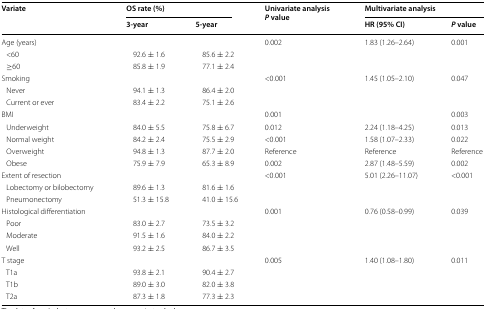
<table><thead><tr><td rowspan="2"><b>Variate</b></td><td colspan="2"><b>OS rate (%)</b></td><td rowspan="2"><b>Univariate analysis<i>P</i> value</b></td><td colspan="2"><b>Multivariate analysis</b></td></tr><tr><td><b>3-year</b></td><td><b>5-year</b></td><td><b>HR (95% CI)</b></td><td><b><i>P</i> value</b></td></tr></thead><tbody><tr><td>Age (years)</td><td></td><td></td><td>0.002</td><td>1.83 (1.26–2.64)</td><td>0.001</td></tr><tr><td> &lt;60</td><td>92.6 ± 1.6</td><td>85.6 ± 2.2</td><td></td><td></td><td></td></tr><tr><td> ≥60</td><td>85.8 ± 1.9</td><td>77.1 ± 2.4</td><td></td><td></td><td></td></tr><tr><td>Smoking</td><td></td><td></td><td>&lt;0.001</td><td>1.45 (1.05–2.10)</td><td>0.047</td></tr><tr><td> Never</td><td>94.1 ± 1.3</td><td>86.4 ± 2.0</td><td></td><td></td><td></td></tr><tr><td> Current or ever</td><td>83.4 ± 2.2</td><td>75.1 ± 2.6</td><td></td><td></td><td></td></tr><tr><td>BMI</td><td></td><td></td><td>0.001</td><td></td><td>0.003</td></tr><tr><td> Underweight</td><td>84.0 ± 5.5</td><td>75.8 ± 6.7</td><td>0.012</td><td>2.24 (1.18–4.25)</td><td>0.013</td></tr><tr><td> Normal weight</td><td>84.2 ± 2.4</td><td>75.5 ± 2.9</td><td>&lt;0.001</td><td>1.58 (1.07–2.33)</td><td>0.022</td></tr><tr><td> Overweight</td><td>94.8 ± 1.3</td><td>87.7 ± 2.0</td><td>Reference</td><td>Reference</td><td>Reference</td></tr><tr><td> Obese</td><td>75.9 ± 7.9</td><td>65.3 ± 8.9</td><td>0.002</td><td>2.87 (1.48–5.59)</td><td>0.002</td></tr><tr><td>Extent of resection</td><td></td><td></td><td>&lt;0.001</td><td>5.01 (2.26–11.07)</td><td>&lt;0.001</td></tr><tr><td> Lobectomy or bilobectomy</td><td>89.6 ± 1.3</td><td>81.6 ± 1.6</td><td></td><td></td><td></td></tr><tr><td> Pneumonectomy</td><td>51.3 ± 15.8</td><td>41.0 ± 15.6</td><td></td><td></td><td></td></tr><tr><td>Histological differentiation</td><td></td><td></td><td>0.001</td><td>0.76 (0.58–0.99)</td><td>0.039</td></tr><tr><td> Poor</td><td>83.0 ± 2.7</td><td>73.5 ± 3.2</td><td></td><td></td><td></td></tr><tr><td> Moderate</td><td>91.5 ± 1.6</td><td>84.0 ± 2.2</td><td></td><td></td><td></td></tr><tr><td> Well</td><td>93.2 ± 2.5</td><td>86.7 ± 3.5</td><td></td><td></td><td></td></tr><tr><td>T stage</td><td></td><td></td><td>0.005</td><td>1.40 (1.08–1.80)</td><td>0.011</td></tr><tr><td> T1a</td><td>93.8 ± 2.1</td><td>90.4 ± 2.7</td><td></td><td></td><td></td></tr><tr><td> T1b</td><td>89.0 ± 3.0</td><td>82.0 ± 3.8</td><td></td><td></td><td></td></tr><tr><td> T2a</td><td>87.3 ± 1.8</td><td>77.3 ± 2.3</td><td></td><td></td><td></td></tr></tbody></table>